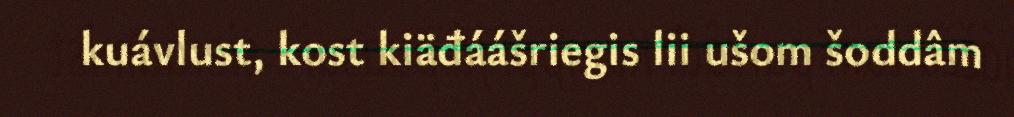
kuávlust, kost kiäđáášriegis lii ušom šoddâm